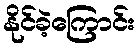
နိုင်ခဲ့ကြောင်း